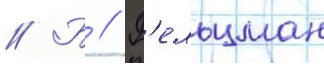
// Б // Ф'ельцман